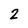
Character: 2